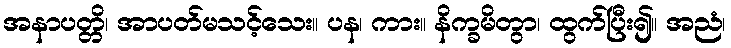
အနာပတ္တိ၊ အာပတ်မသင့်သေး။ ပန၊ ကား။ နိက္ခမိတွာ၊ ထွက်ပြီး၍။ အညံ၊